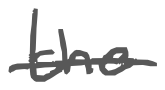
Text: the
Cross-out: mix
Writing tool: digital_gray